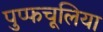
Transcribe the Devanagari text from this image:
पुप्फचूलिया